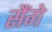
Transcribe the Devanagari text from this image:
सैंगे